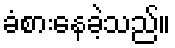
ခံစားနေခဲ့သည်။